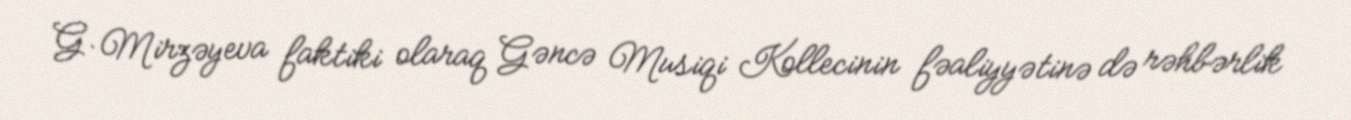
G. Mirzəyeva faktiki olaraq Gəncə Musiqi Kollecinin fəaliyyətinə də rəhbərlik